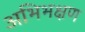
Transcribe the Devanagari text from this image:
अभिभक्षण